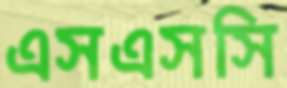
এসএসসি